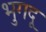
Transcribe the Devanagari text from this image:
भुगदू